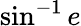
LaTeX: \sin^{-1}e